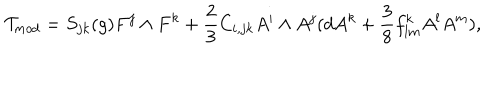
{ \cal T } _ { m o d } = S _ { j k } ( g ) { F } ^ { j } \wedge { F } ^ { k } + \frac { 2 } { 3 } C _ { i , j k } A ^ { i } \wedge A ^ { j } ( d A ^ { k } + \frac { 3 } { 8 } f _ { l m } ^ { k } A ^ { l } A ^ { m } ) ,